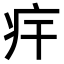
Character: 𤴲